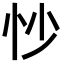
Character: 𫹶